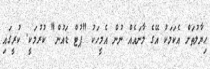
ޙިޔާލުތަށް އެކަމަކު އޭގެ މާނައެއް ނުން އެމީހަކު "ޕުޓް ޑައުން" ކުރުމަކީ. ކުރީގައި